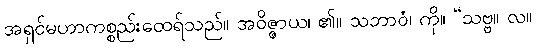
အရှင်မဟာကစ္စည်းထေရ်သည်။ အဝိဇ္ဇာယ၊ ၏။ သဘာဝံ၊ ကို။ “သဗ္ဗ။ လ။